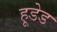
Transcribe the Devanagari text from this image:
हूडेड